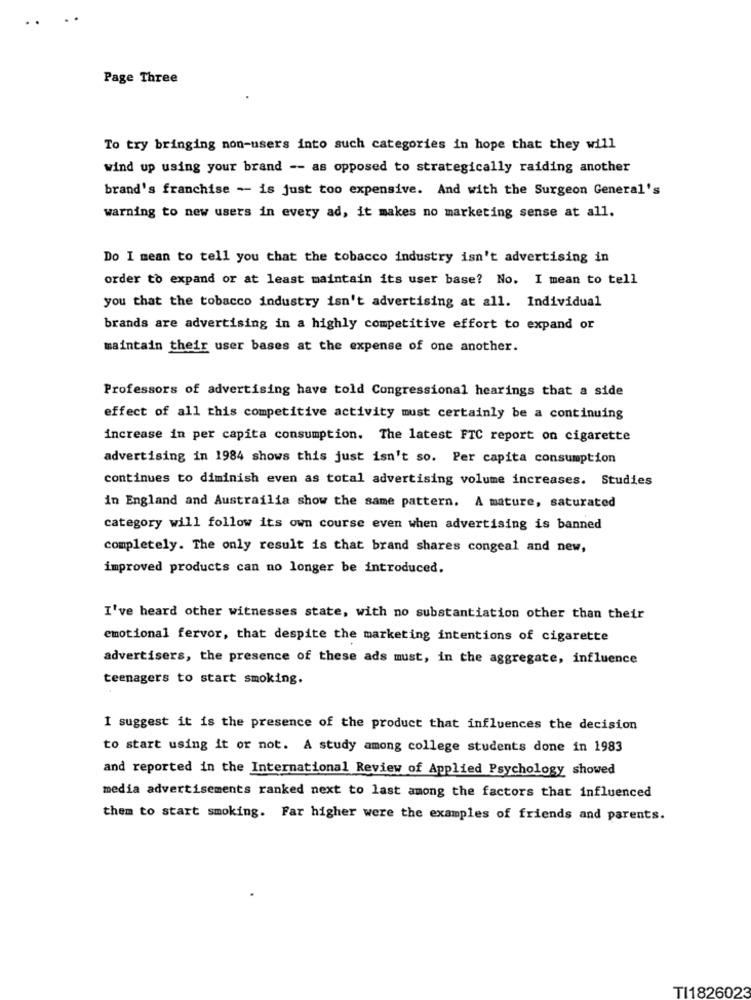
. .
Page Three
To try bringing non-users into such categories in hope that they will
wind up using your brand -- as opposed to strategically raiding another
brand's franchise -- is just too expensive. And with the Surgeon General's
warning to new users in every ad, it makes no marketing sense at all.
Do I mean to tell you that the tobacco industry isn't advertising in
order to expand or at least maintain its user base? No. I mean to tell
you that the tobacco industry isn't advertising at all. Individual
brands are advertising in a highly competitive effort to expand or
maintain their user bases at the expense of one another.
Professors of advertising have told Congressional hearings that a side
effect of all this competitive activity must certainly be a continuing
increase in per capita consumption. The latest FTC report on cigarette
advertising in 1984 shows this just isn't so. Per capita consumption
continues to diminish even as total advertising volume increases. Studies
in England and Austrailia show the same pattern. A mature, saturated
category will follow its own course even when advertising is banned
completely. The only result is that brand shares congeal and new,
improved products can no longer be introduced.
I've heard other witnesses state, with no substantiation other than their
emotional fervor, that despite the marketing intentions of cigarette
advertisers, the presence of these ads must, in the aggregate, influence
teenagers to start smoking.
I suggest it is the presence of the product that influences the decision
to start using it or not. A study among college students done in 1983
and reported in the International Review of Applied Psychology showed
media advertisements ranked next to last among the factors that influenced
them to start smoking. Far higher were the examples of friends and parents.
TI1826023